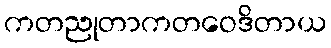
ကတညုတာကတဝေဒိတာယ